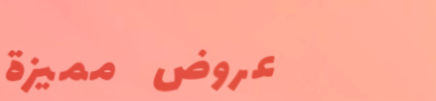
عروض مميزة